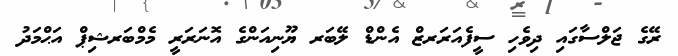
ރޭގެ ޖަލްސާގައި ދިވެހި ސީފެއަރަރޒް އެންޑް ލޭބަރ ޔޫނިއަންގެ އޮނަރަރީ މެމްބަރޝިޕް އަޙްމަދު